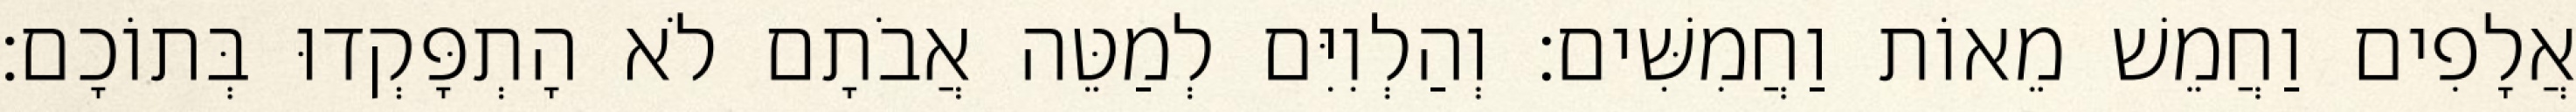
אֲלָפִים וַחֲמֵשׁ מֵאוֹת וַחֲמִשִּׁים׃ וְהַלְוִיִּם לְמַטֵּה אֲבֹתָם לֹא הָתְפָּקְדוּ בְּתוֹכָם׃